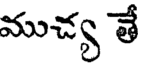
ముచ్య తే